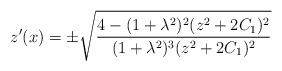
LaTeX: \begin{align*}z'(x) = \pm\sqrt{ \frac{4-(1+\lambda^2)^2(z^2 + 2C_1)^2}{(1+\lambda^2)^3(z^2 + 2C_1)^2}}\end{align*}